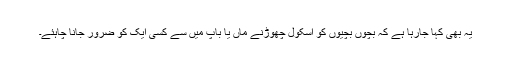
یہ بھی کہا جارہا ہے کہ بچوں بچیوں کو اسکول چھوڑنے ماں یا باپ میں سے کسی ایک کو ضرور جانا چاہئے۔